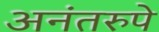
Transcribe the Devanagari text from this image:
अनंतरुपे